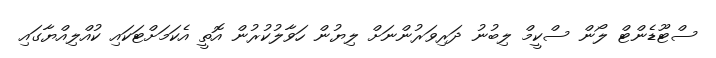
ސްޓޫޑެންޓް ލޯން ސްކީމް ލިބުނު ދަރިވަރުންނަށް ލިޔުން ހަވާލުކުރުން އޮތީ އެކަމަށްޓަކައި ކުއްލިއްޔާގައި